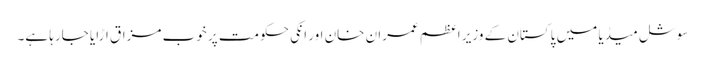
سوشل میڈیا میں پاکستان کے وزیرِ اعظم عمران خان اور انکی حکومت پر خوب مزاق اڑایا جارہا ہے۔